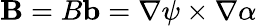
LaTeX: {\mathbf B}=B{\mathbf b}=\nabla\psi\times\nabla\alpha